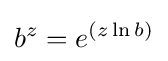
b^{z}=e^{(z\ln b)}